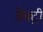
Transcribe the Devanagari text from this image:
डेक्ट्री